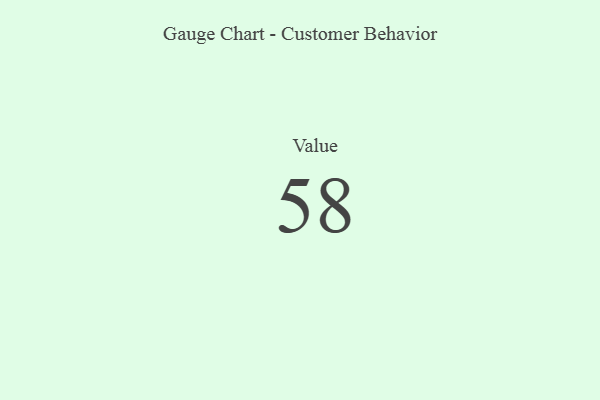
{"axis": {"x": "Metric", "y": "Value"}, "legend": [""], "data": [{"x": "Value", "y": 58, "type": ""}]}